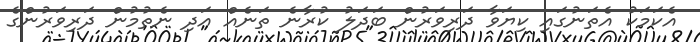
އެކަމަކު އެތަނުގައި ކިޔަވާ ދަރިވަރުން ބަދަލު ކުރާނެ ތަނެއް އަދި ނެތުމުން ދަރިވަރުންގެ